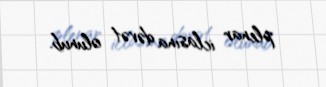
plenar iclasına dəvət olunub.